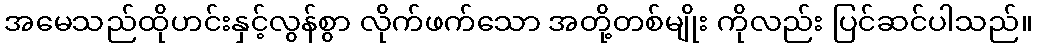
အမေသည်ထိုဟင်းနှင့်လွန်စွာ လိုက်ဖက်သော အတို့တစ်မျိုး ကိုလည်း ပြင်ဆင်ပါသည်။